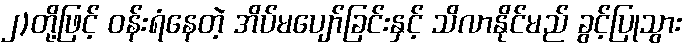
၂)တို့ဖြင့် ဝန်းရံနေတဲ့ အိပ်မပျော်ခြင်းနှင့် သိလာနိုင်မည် ခွင့်ပြုသွား